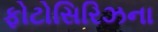
ફોટોસિરિઝના